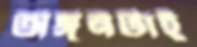
অঙ্গনটাই